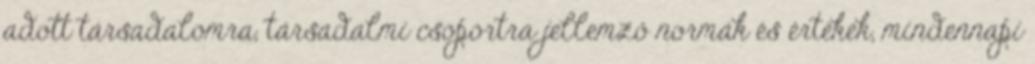
adott társadalomra, társadalmi csoportra jellemző normák és értékek, mindennapi